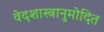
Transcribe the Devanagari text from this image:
वेदशास्त्रानुमोदित